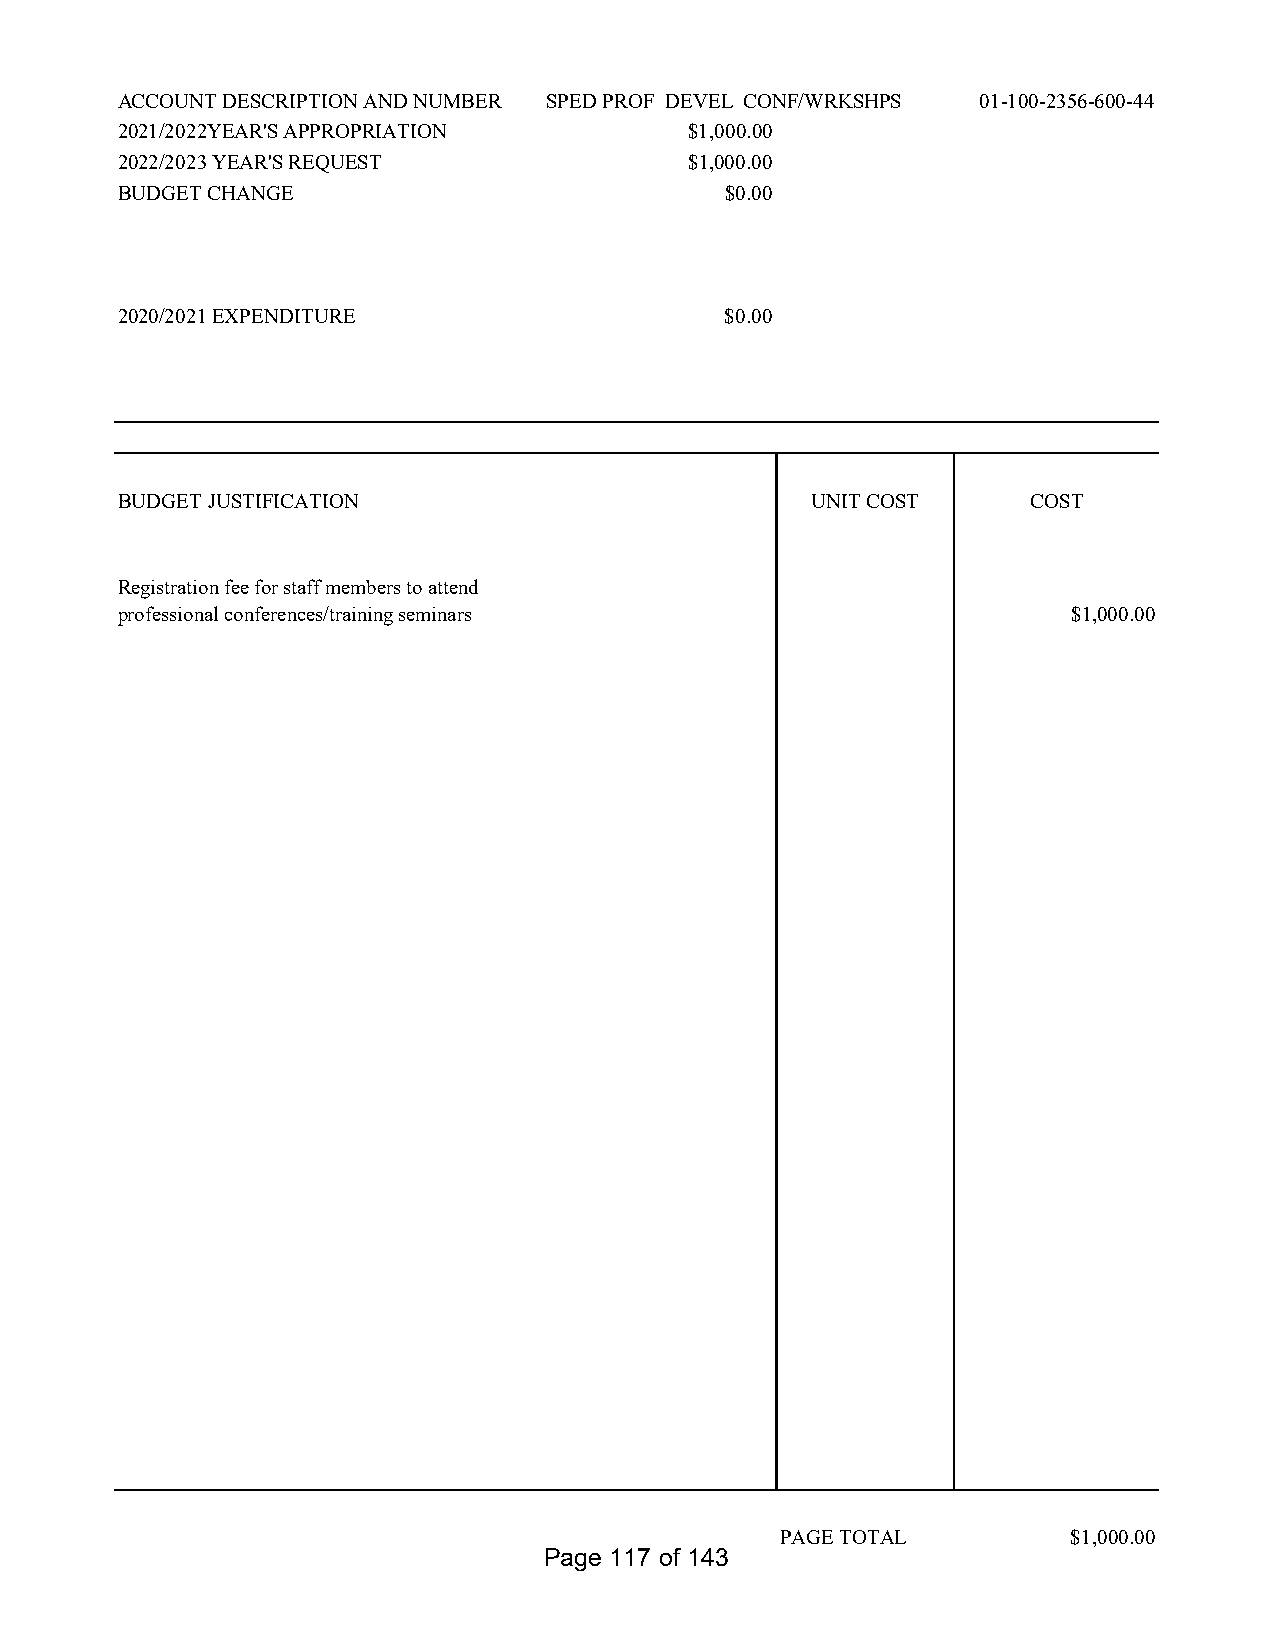
ACCOUNT DESCRIPTION AND NUMBER SPED PROF DEVEL CONF/WRKSHPS 01-100-2356-600-44
 2021/2022YEAR'S APPROPRIATION         $1,000.00
 2022/2023 YEAR'S REQUEST              $1,000.00
 BUDGET CHANGE                           $0.00
 2020/2021 EXPENDITURE                   $0.00
 BUDGET JUSTIFICATION                          UNIT COST     COST
 Registration fee for staff members to attend
 professional conferences/training seminars                     $1,000.00
 PAGE TOTAL         $1,000.00
 Page 117 of 143